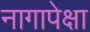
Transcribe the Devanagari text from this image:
नागापेक्षा